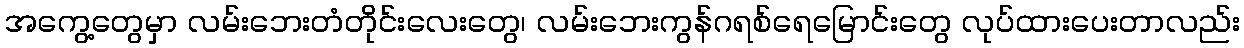
အကွေ့တွေမှာ လမ်းဘေးတံတိုင်းလေးတွေ၊ လမ်းဘေးကွန်ဂရစ်ရေမြောင်းတွေ လုပ်ထားပေးတာလည်း